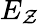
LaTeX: E_{\mathcal{Z}}